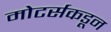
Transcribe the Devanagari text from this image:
मोटर्सकडून